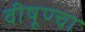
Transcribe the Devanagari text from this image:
वीषूण्चा